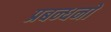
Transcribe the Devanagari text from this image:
प्रबन्धनाें